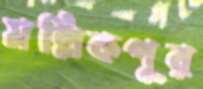
মল্লিকপুর